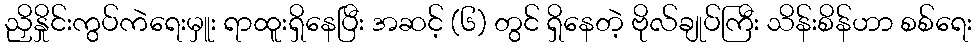
ညှိနှိုင်းကွပ်ကဲရေးမှူး ရာထူးရှိနေပြီး အဆင့် (၆) တွင် ရှိနေတဲ့ ဗိုလ်ချုပ်ကြီး သိန်းစိန်ဟာ စစ်ရေး